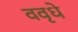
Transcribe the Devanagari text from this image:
ववृधे